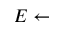
E \gets